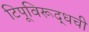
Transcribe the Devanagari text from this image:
टिपूविरूद्धची